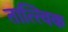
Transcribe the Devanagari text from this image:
तात्‍त्‍विक